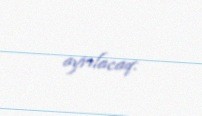
ayrılacaq.